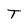
Character: T